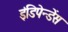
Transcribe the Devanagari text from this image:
इंडिपेन्डेंस